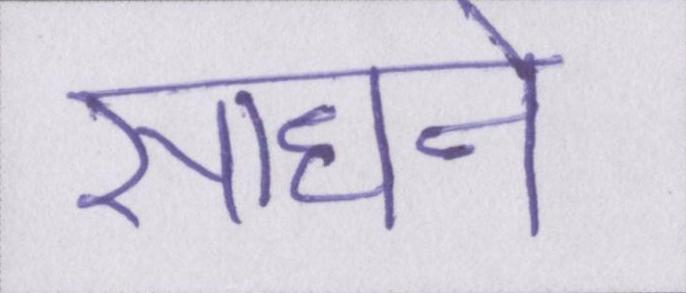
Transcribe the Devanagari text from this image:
साधने